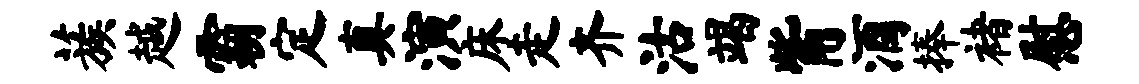
蔟越霸定真演床走齐沽竭觜酒捧褚慰